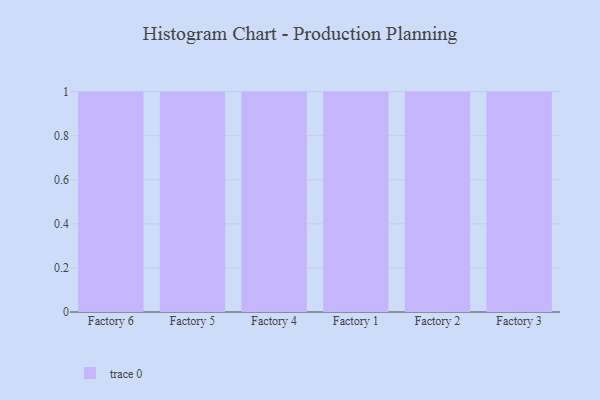
{"axis": {"x": "Factory", "y": "Backlog"}, "legend": [""], "data": [{"x": "Factory 6", "y": 66, "type": ""}, {"x": "Factory 5", "y": 99, "type": ""}, {"x": "Factory 4", "y": 83, "type": ""}, {"x": "Factory 1", "y": 66, "type": ""}, {"x": "Factory 2", "y": 10, "type": ""}, {"x": "Factory 3", "y": 4, "type": ""}]}